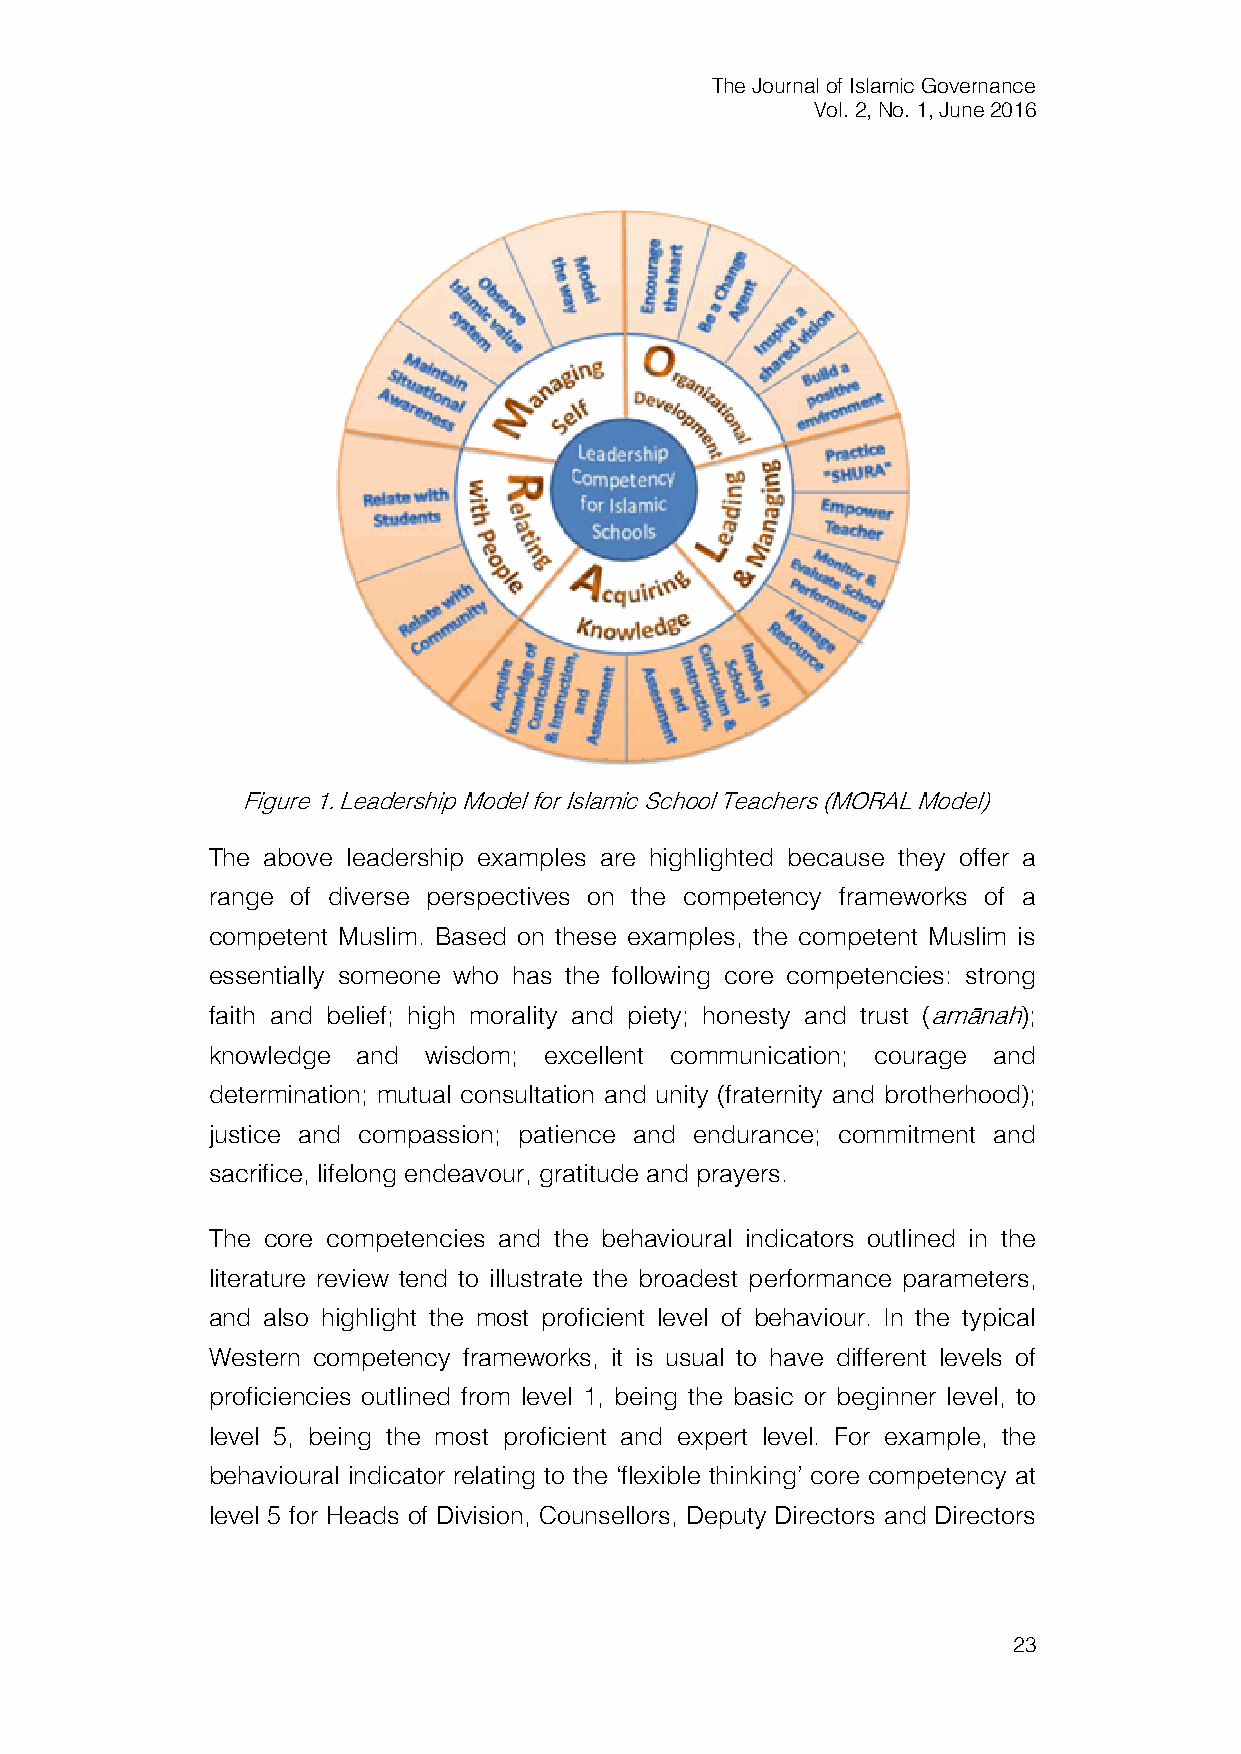
The Journal of Islamic Governance
 Vol. 2, No. 1, June 2016
 Figure 1. Leadership Model for Islamic School Teachers (MORAL Model)
 The above leadership examples are highlighted because they offer a
 range of diverse perspectives on the competency frameworks of a
 competent Muslim. Based on these examples, the competent Muslim is
 essentially someone who has the following core competencies: strong
 faith and belief; high morality and piety; honesty and trust (amānah);
 knowledge and wisdom; excellent communication; courage and
 determination; mutual consultation and unity (fraternity and brotherhood);
 justice and compassion; patience and endurance; commitment and
 sacrifice, lifelong endeavour, gratitude and prayers.
 The core competencies and the behavioural indicators outlined in the
 literature review tend to illustrate the broadest performance parameters,
 and also highlight the most proficient level of behaviour. In the typical
 Western competency frameworks, it is usual to have different levels of
 proficiencies outlined from level 1, being the basic or beginner level, to
 level 5, being the most proficient and expert level. For example, the
 behavioural indicator relating to the ‘flexible thinking’ core competency at
 level 5 for Heads of Division, Counsellors, Deputy Directors and Directors
 23